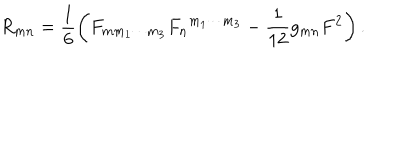
R _ { m n } = \frac { 1 } { 6 } \left( F _ { m m _ { 1 } \cdots m _ { 3 } } { F _ { n } } ^ { m _ { 1 } \cdots m _ { 3 } } - \frac { 1 } { 1 2 } g _ { m n } F ^ { 2 } \right) .